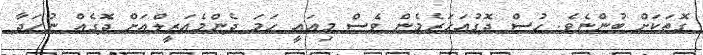
ގޮތަކަށް ބުންޏެވެ. ހުސް ދޮގުއަހަރެމެން ވެސް މިއައީ ހަމަ ދެންމެއަޒީލްއަށް ދޮގެއް ނުހަދާާ